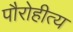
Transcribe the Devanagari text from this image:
पौरोहीत्य